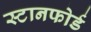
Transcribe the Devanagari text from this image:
स्टानफोर्ड